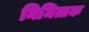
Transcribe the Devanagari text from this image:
निमित्तक